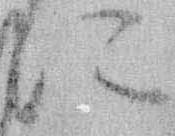
に